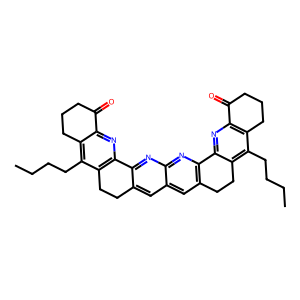
SMILES: CCCCc1c2c(nc3c1CCc1cc4cc5c(nc4nc1-3)-c1nc3c(c(CCCC)c1CC5)CCCC3=O)C(=O)CCC2
Inhibits HIV replication: No